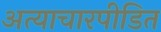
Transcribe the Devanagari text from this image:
अत्याचारपीडित